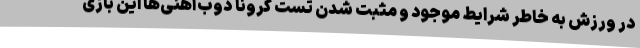
در ورزش به خاطر شرایط موجود و مثبت شدن تست کرونا ذوب‌آهنی‌ها این بازی